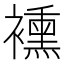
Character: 䙧